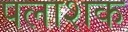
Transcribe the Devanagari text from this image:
पलाशक